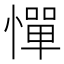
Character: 憚